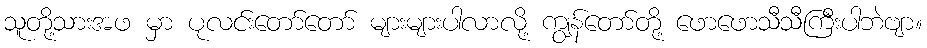
သူတို့သားအဖ မှာ ပုလင်းတော်တော် များများပါလာလို့ ကျွန်တော်တို့ ဖောဖောသီသီကြီးပါဘဲဗျာ။